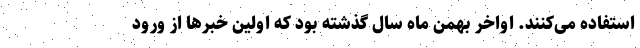
استفاده می‌کنند. اواخر بهمن ماه سال گذشته بود که اولین خبرها از ورود